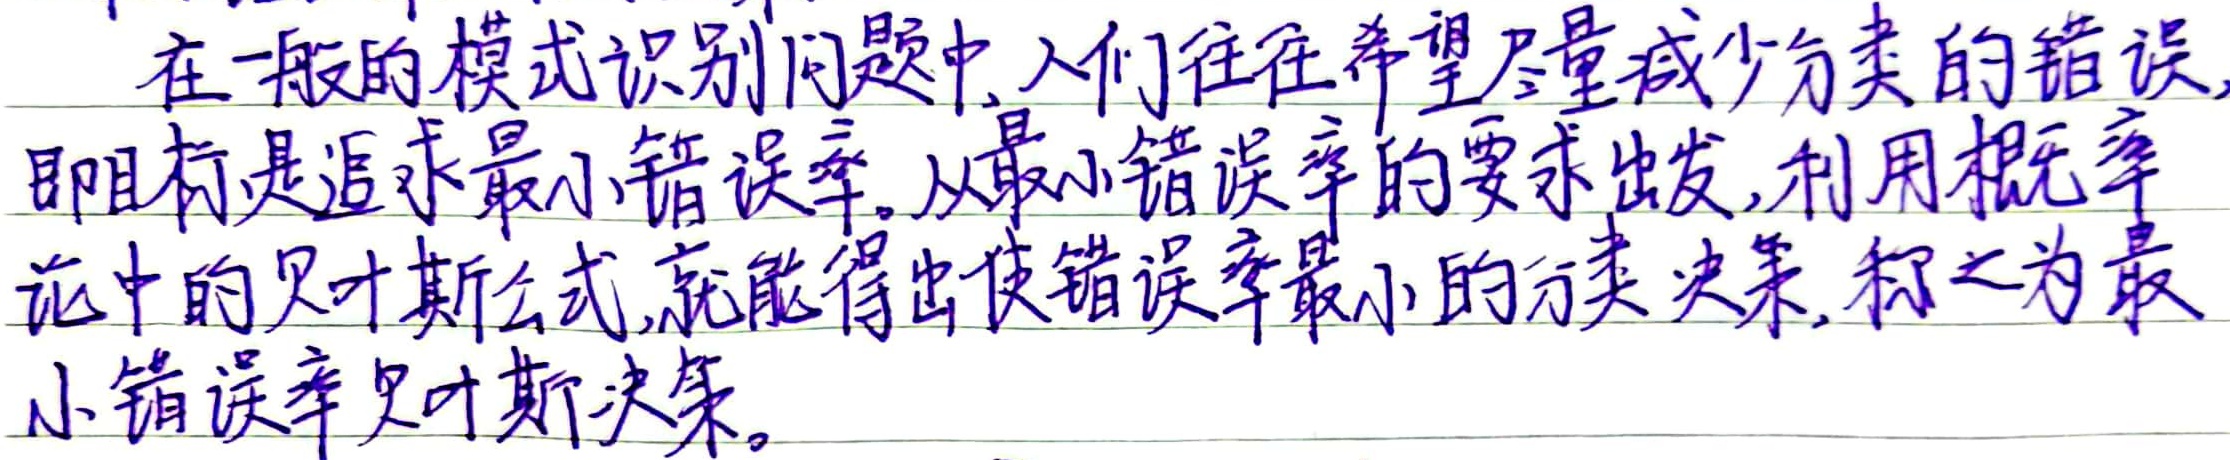
在一般的模式识别问题中，人们往往希望尽量减少分类的错误，即目标是追求最小错误率。从最小错误率的要求出发，利用概率论中的贝叶斯公式，就能得出使错误率最小的分类决策，称之为最小错误率贝叶斯决策。